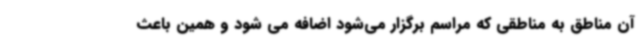
آن مناطق به مناطقی که مراسم برگزار می‌شود اضافه می شود و همین باعث